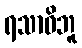
ရသာဓိဘူ